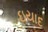
ઇયાદ